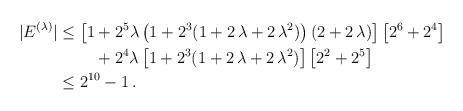
LaTeX: \begin{align*}|E^{(\lambda)}| &\leq \left[1+2^5\lambda\left(1+2^3(1+2\,\lambda+2\,\lambda^2)\right)(2+2\,\lambda)\right]\left[2^6+2^4\right]\\&\qquad\; +2^4\lambda \left[1+2^3(1+2\,\lambda+2\,\lambda^2)\right]\left[2^2+2^5\right]\\&\leq 2^{10}-1\,.\end{align*}